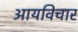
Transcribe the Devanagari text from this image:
आयविचार